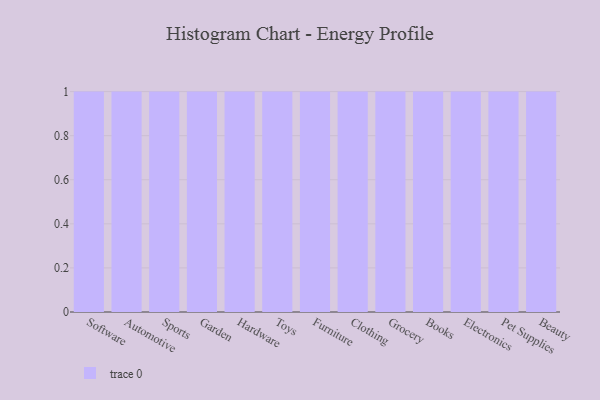
{"axis": {"x": "Category", "y": "LTV (USD)"}, "legend": [""], "data": [{"x": "Software", "y": 33, "type": ""}, {"x": "Automotive", "y": 40, "type": ""}, {"x": "Sports", "y": 92, "type": ""}, {"x": "Garden", "y": 83, "type": ""}, {"x": "Hardware", "y": 94, "type": ""}, {"x": "Toys", "y": 14, "type": ""}, {"x": "Furniture", "y": 11, "type": ""}, {"x": "Clothing", "y": 37, "type": ""}, {"x": "Grocery", "y": 69, "type": ""}, {"x": "Books", "y": 30, "type": ""}, {"x": "Electronics", "y": 32, "type": ""}, {"x": "Pet Supplies", "y": 24, "type": ""}, {"x": "Beauty", "y": 18, "type": ""}]}